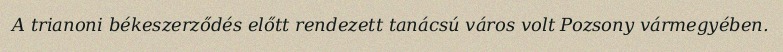
A trianoni békeszerződés előtt rendezett tanácsú város volt Pozsony vármegyében.